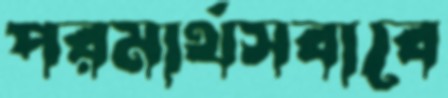
পরমার্থসবাবে